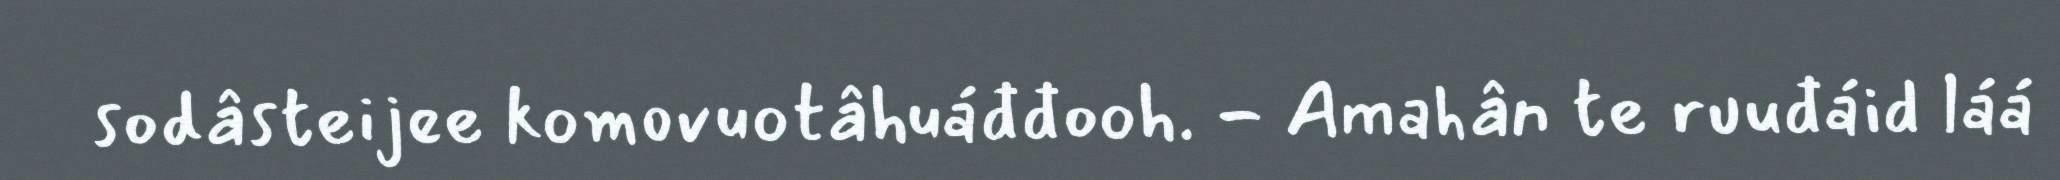
sodâsteijee komovuotâhuáđđooh. - Amahân te ruuđáid láá